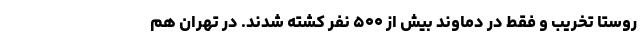
روستا تخریب و فقط در دماوند بیش از ۵۰۰ نفر کشته شدند. در تهران هم